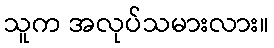
သူက အလုပ်သမားလား။